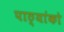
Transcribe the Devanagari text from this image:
पाठ्यांको